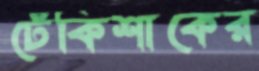
ঢেঁকিশাকের